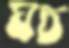
ঘচ